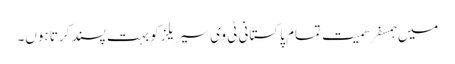
میں ہمسفر سمیت تمام پاکستانی ٹی وی سیریلز کو بہت پسند کرتا ہوں۔